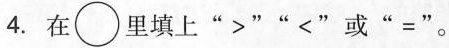
4.在\bigcirc 里填上”>””< ”或”=”。